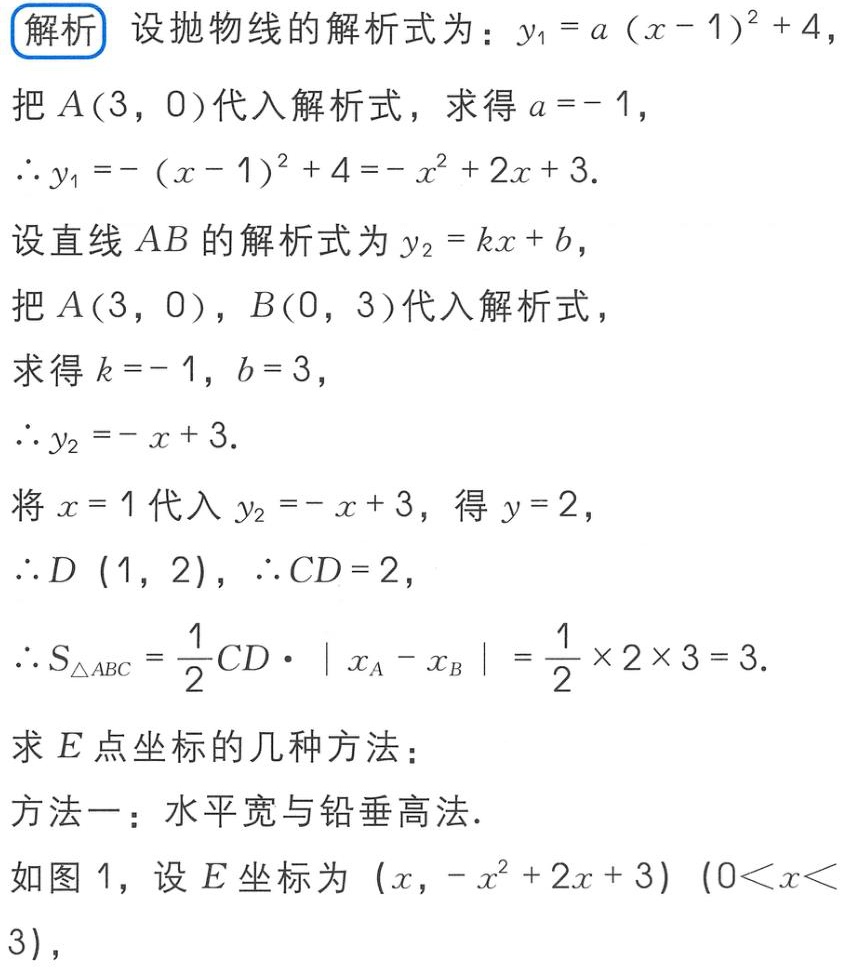
解析 设抛物线的解析式为：\(y_{1}=a(x - 1)^{2}+4\)，
把\(A(3,0)\)代入解析式，求得\(a = - 1\)，
\(\therefore y_{1}=-(x - 1)^{2}+4=-x^{2}+2x + 3\).
设直线\(AB\)的解析式为\(y_{2}=kx + b\)，
把\(A(3,0)\)，\(B(0,3)\)代入解析式，
求得\(k = - 1\)，\(b = 3\)，
\(\therefore y_{2}=-x + 3\).
将\(x = 1\)代入\(y_{2}=-x + 3\)，得\(y = 2\)，
\(\therefore D(1,2)\)，\(\therefore CD = 2\)，
\(\therefore S_{\triangle ABC}=\frac{1}{2}CD\cdot|x_{A}-x_{B}|=\frac{1}{2}\times2\times3 = 3\).
求\(E\)点坐标的几种方法：
方法一：水平宽与铅垂高法.
如图1，设\(E\)坐标为\((x,-x^{2}+2x + 3)(0\lt x\lt3)\)，